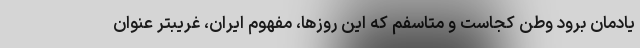
یادمان برود وطن کجاست و متاسفم که این روزها، مفهوم ایران، غریبتر عنوان